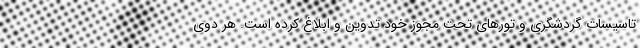
تاسیسات گردشگری و تورهای تحت مجوز خود تدوین و ابلاغ کرده است. هر دوی